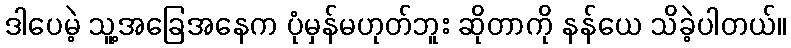
ဒါပေမဲ့ သူ့အခြေအနေက ပုံမှန်မဟုတ်ဘူး ဆိုတာကို နန်ယေ သိခဲ့ပါတယ်။